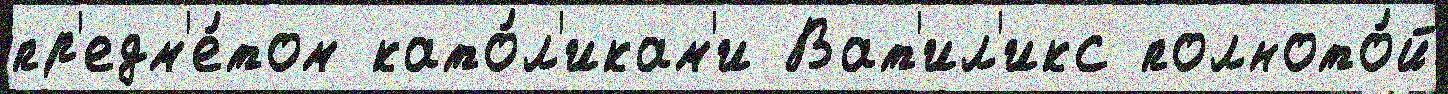
пр'едм'е́том като́л'икам'и Ват'ил'икс полното́й